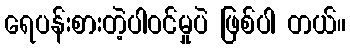
ရေပန်းစားတဲ့ပါဝင်မှုပဲ ဖြစ်ပါ တယ်။